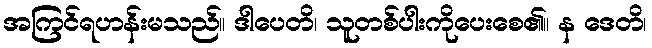
အကြင်ရဟန်းမသည်။ ဒါပေတိ၊ သူတစ်ပါးကိုပေးစေ၏။ န ဒေတိ၊